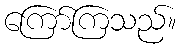
ကြော်ကြသည်။